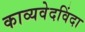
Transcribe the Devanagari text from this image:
काव्यवेदविंदा